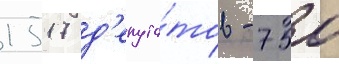
1517 д'епута́тов - 750